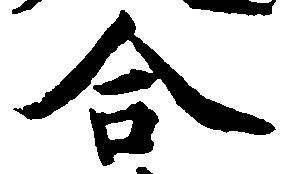
合